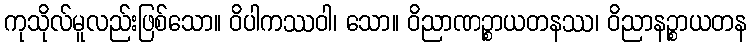
ကုသိုလ်မူလည်းဖြစ်သော။ ဝိပါကဿဝါ၊ သော။ ဝိညာဏဉ္စာယတနဿ၊ ဝိညာနဉ္စာယတန